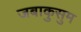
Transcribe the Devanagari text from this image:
जबाकुसुम